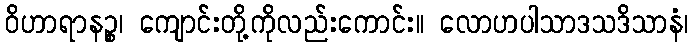
ဝိဟာရာနဉ္စ၊ ကျောင်းတို့ကိုလည်းကောင်း။ လောဟပါသာဒသဒိသာနံ၊